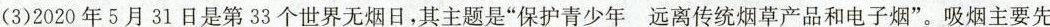
(3)2020年5月31日是第33个世界无烟日，其主题是“保护青少年 远离传统烟草产品和电子烟”。吸烟主要先